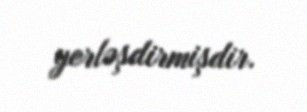
yerləşdirmişdir.